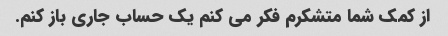
از کمک شما متشکرم فکر می کنم یک حساب جاری باز کنم.